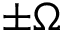
\pm \Omega